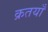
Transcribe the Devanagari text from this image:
क्रतयाँ